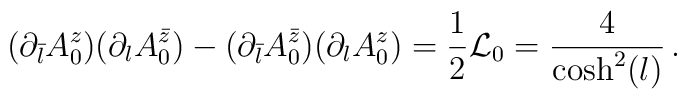
(\partial_{\bar{l}}A_0^{z})(\partial_{l}A_0^{\bar{z}})-(\partial_{\bar{l}}A_0^{\bar{z}})(\partial_{l}A_0^z)=\frac{1}{2}{\cal L}_0=\frac{4}{\cosh^2(l)}\,.